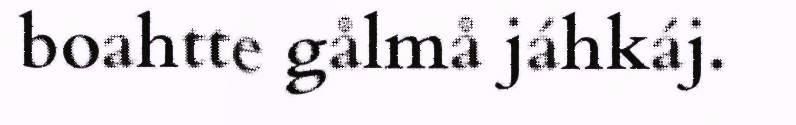
boahtte gålmå jáhkáj.